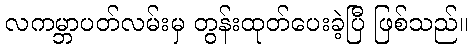
လကမ္ဘာပတ်လမ်းမှ တွန်းထုတ်ပေးခဲ့ပြီ ဖြစ်သည်။